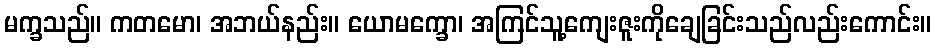
မက္ခသည်။ ကတမော၊ အဘယ်နည်း။ ယောမက္ခော၊ အကြင်သူ့ကျေးဇူးကိုချေခြင်းသည်လည်းကောင်း။